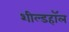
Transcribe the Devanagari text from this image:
शील्डहॉल